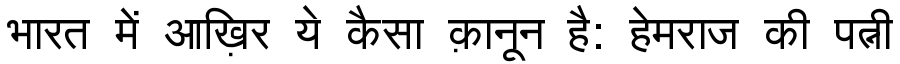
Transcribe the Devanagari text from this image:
भारत में आख़िर ये कैसा क़ानून है: हेमराज की पत्नी